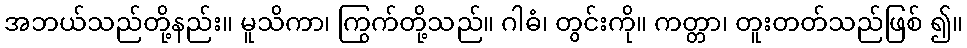
အဘယ်သည်တို့နည်း။ မူသိကာ၊ ကြွက်တို့သည်။ ဂါဓံ၊ တွင်းကို။ ကတ္တာ၊ တူးတတ်သည်ဖြစ် ၍။